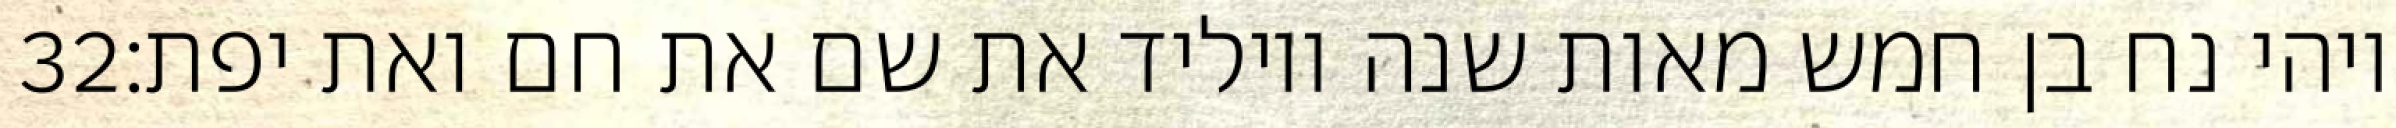
‎32‏ ויהי נח בן חמש מאות שנה ויוליד את שם את חם ואת יפת׃